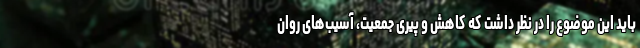
باید این موضوع را در نظر داشت که کاهش و پیری جمعیت، آسیب‌های روان